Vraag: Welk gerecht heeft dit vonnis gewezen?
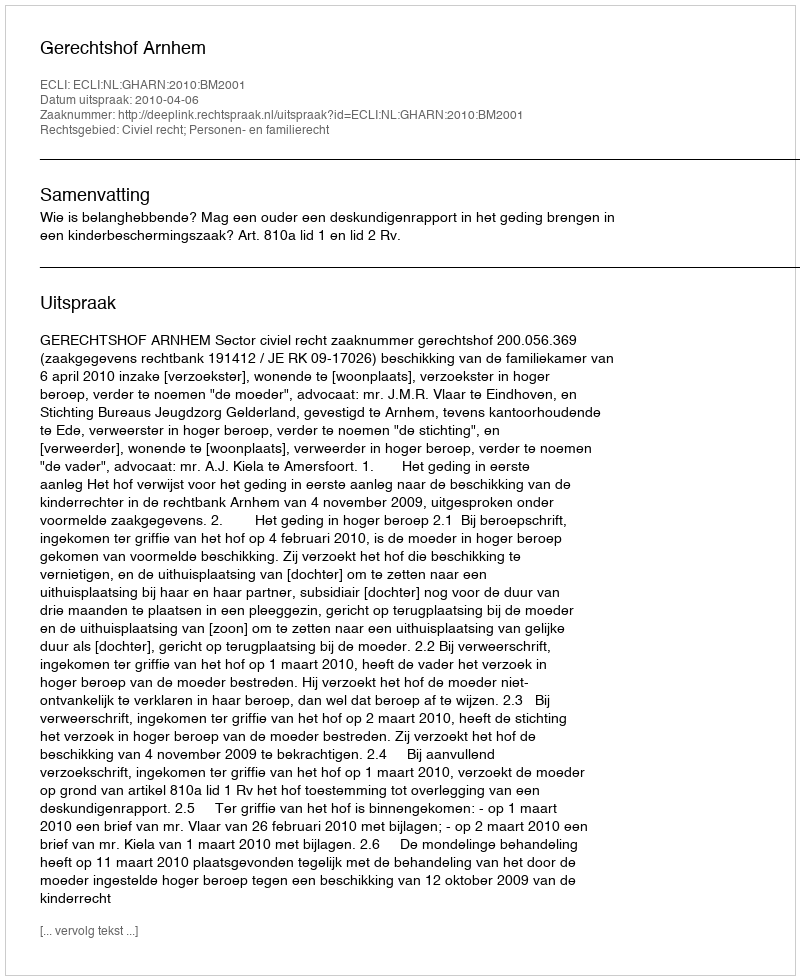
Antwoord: Gerechtshof Arnhem